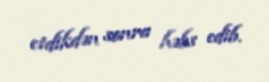
etdikdən sonra həbs edib.